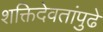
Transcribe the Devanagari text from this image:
शक्तिदेवतांपुढे